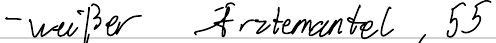
- weißer Ärztemantel, 55